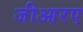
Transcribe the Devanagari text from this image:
जीआरए